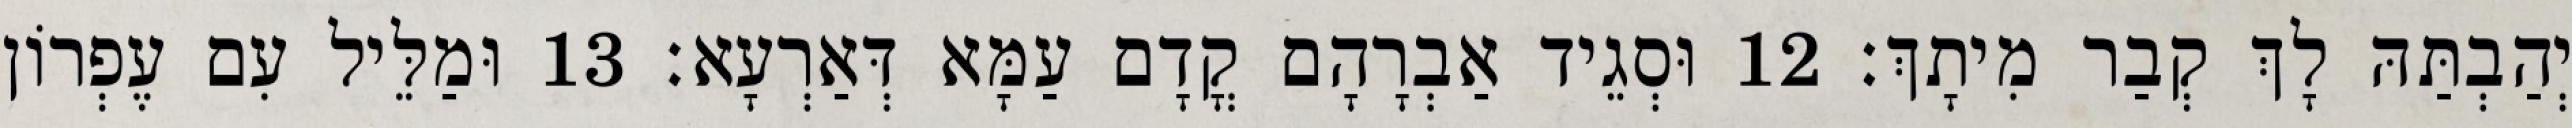
יְהַבְתַּהּ לָךְ קְבַר מִיתָךְ׃ 12 וּסְגֵיד אַבְרָהָם קֳדָם עַמָּא דְּאַרְעָא׃ 13 וּמַלֵּיל עִם עֶפְרוֹן